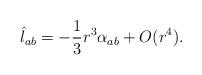
LaTeX: \begin{align*}\hat l_{ab} =-\frac{1}{3}r^3\alpha_{ab} + O(r^4).\end{align*}